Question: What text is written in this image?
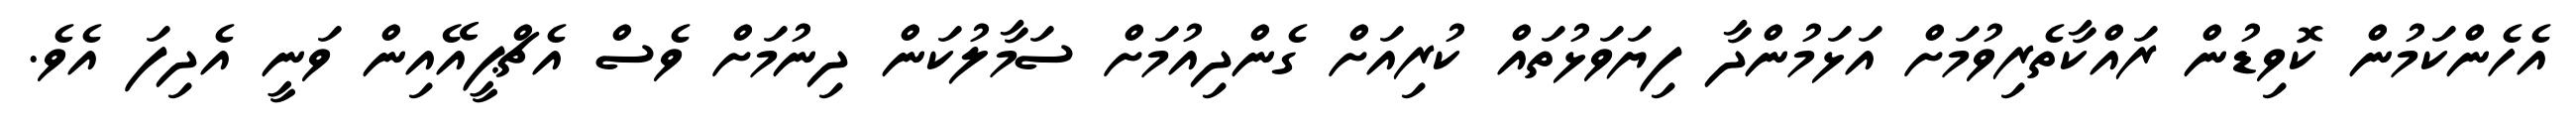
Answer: އެހެންކަމުން ކޮވިޑުން ރައްކާތެރިވުމަށް އަޅަމުންދާ ފިޔަވަޅުތައް ކުރިއަށް ގެންދިއުމަށް ސަމާލުކަން ދިނުމަށް ވެސް އެޗްޕީއޭއިން ވަނީ އެދިފަ އެވެ.